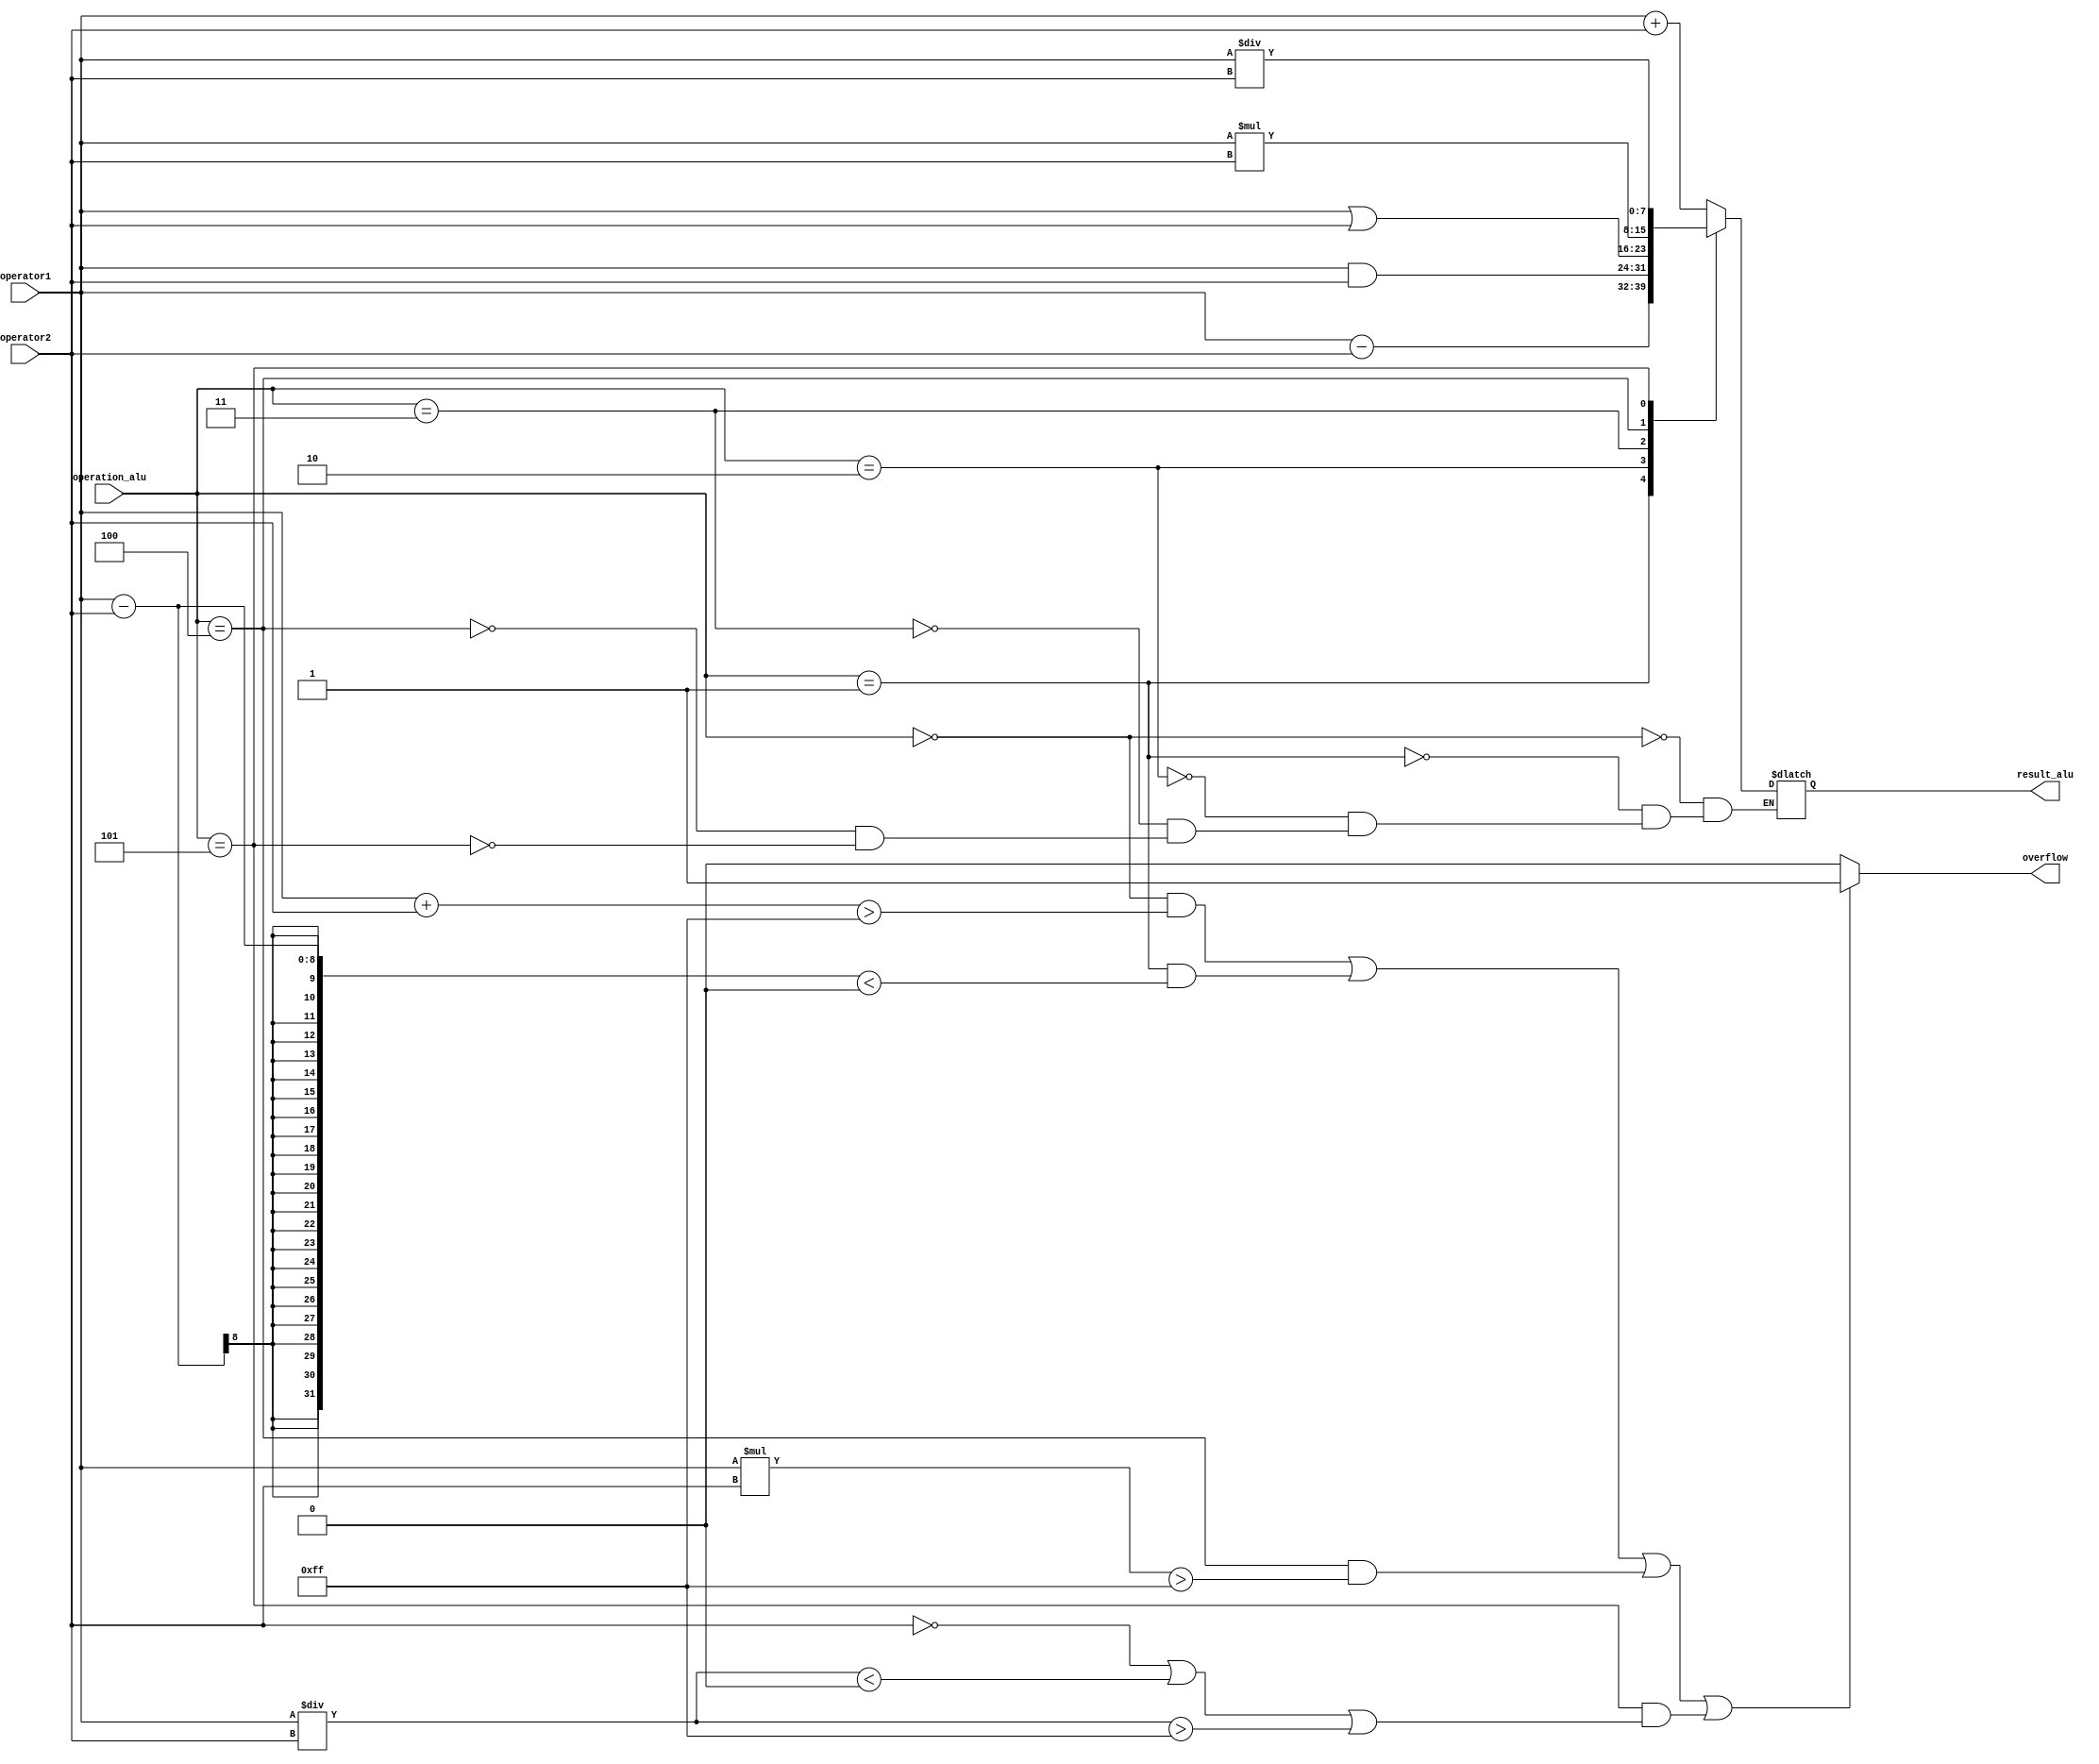
module ula_k(
	input [7:0] operator1,
	input [7:0] operator2,
	input [7:0] operation_alu,
	output reg [7:0] result_alu,
	output reg overflow
);


always @(operator1 or operator2)

begin
	
	case(operation_alu)
	
	8'b00000000: result_alu = operator1 + operator2;
	8'b00000001: result_alu = operator1 - operator2;
	8'b00000010: result_alu = operator1 & operator2;
	8'b00000011: result_alu = operator1 | operator2;
	8'b00000100: result_alu = operator1 * operator2;
	8'b00000101: result_alu = operator1 / operator2;
	
	endcase
	
	//Verifica a operao adio
	if ((operation_alu == 0 && ((operator1 + operator2) > 255)) || 
	//Verifica a operao de subtrao
	(operation_alu == 1 && ((operator1 - operator2) < 0)) ||
	//Verifica a operao de multiplicao
	(operation_alu == 4 && ((operator1 * operator2) > 255)) ||
	//Verifica se o denominador da diviso  0 tambm, se for .. dar overflow.
	(operation_alu == 5 && (operator2 == 0||((operator1 / operator2) < 0) 
	|| (operator1 / operator2) > 255))) overflow =1;
	
	
	else 
		begin

			overflow =0;

		end
	

end
	
endmodule